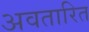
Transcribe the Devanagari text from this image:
अवतारित